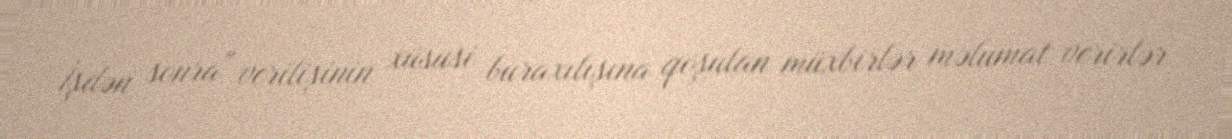
İşdən sonra" verilişinin xüsusi buraxılışına qoşulan müxbirlər məlumat verirlər